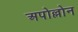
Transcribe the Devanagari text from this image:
अपोल्लोन